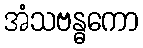
အံသဗန္ဓကော